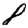
Digit: 8